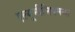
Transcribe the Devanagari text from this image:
एल्यूमीनियमना